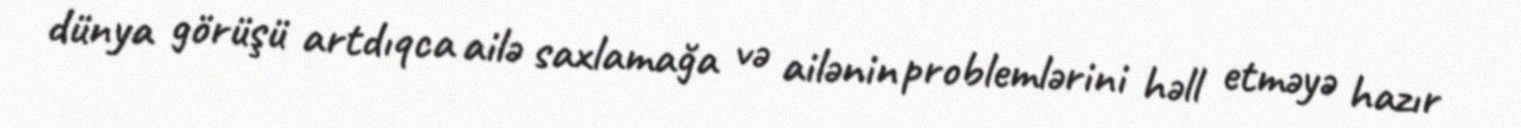
dünya görüşü artdıqca ailə saxlamağa və ailənin problemlərini həll etməyə hazır